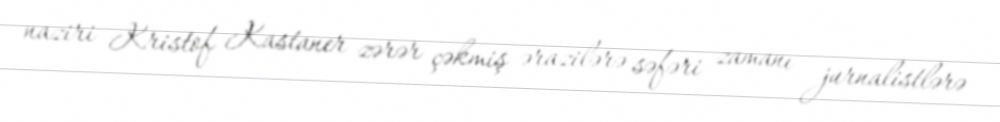
naziri Kristof Kastaner zərər çəkmiş ərazilərə səfəri zamanı jurnalistlərə